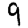
Digit: 9